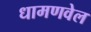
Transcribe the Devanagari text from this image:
धामणवेल